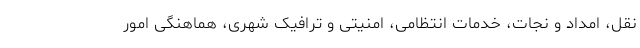
نقل، امداد و نجات، خدمات انتظامی، امنیتی و ترافیک شهری، هماهنگی امور